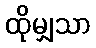
ထိုမျှသာ